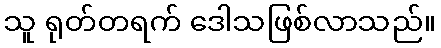
သူ ရုတ်တရက် ဒေါသဖြစ်လာသည်။